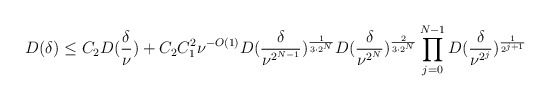
\begin{align*}D(\delta) \leq C_{2}D(\frac{\delta}{\nu}) + C_{2}C_{1}^{2}\nu^{-O(1)}D(\frac{\delta}{\nu^{2^{N - 1}}})^{\frac{1}{3 \cdot 2^N}}D(\frac{\delta}{\nu^{2^N}})^{\frac{2}{3 \cdot 2^N}}\prod_{j = 0}^{N - 1}D(\frac{\delta}{\nu^{2^j}})^{\frac{1}{2^{j + 1}}}\end{align*}